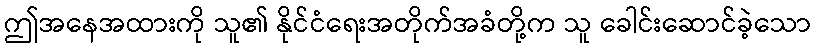
ဤအနေအထားကို သူ၏ နိုင်ငံရေးအတိုက်အခံတို့က သူ ခေါင်းဆောင်ခဲ့သော